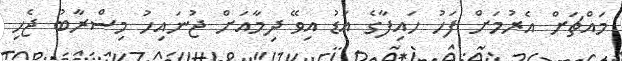
މައްޗަށް އެރުމަށް ފަހު ހައިފާގެ އަޑު އިވޭ ދިމާއަށް ޖުނައިހު މިސްރާބު ޖެހި